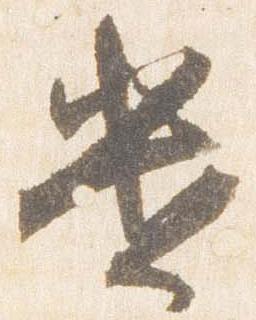
遣